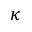
\kappa